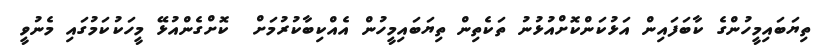
ތިޔަބައިމީހުންގެ ކާބަފައިން އަޅުކަންކޮށްއުޅުނު ތަކެތިން ތިޔަބައިމީހުން އެއްކިބާކުރުމަށް  ކޮށްގެންއުޅޭ މީހަކުކަމުގައި މެނުވީ